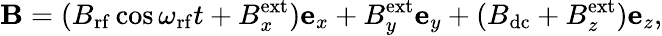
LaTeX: \mathbf{B}=(B_{\mathrm{rf}}\cos{\omega_{\mathrm{rf}}t}+B_{x}^{\mathrm{ext}})\mathbf{e}_{x}+B_{y}^{\mathrm{ext}}\mathbf{e}_{y}+(B_{\mathrm{dc}}+B_{z}^{\mathrm{ext}})\mathbf{e}_{z},